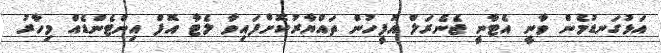
އަޅުގަނޑުމެން ވާނީ އެޓާނީ ޖެނެރަލް އޮފީހުން ތައްޔާރުކޮށްފައިވާ ލެޓާ އޮފް އިންޓެންޑެއް މިހާރު